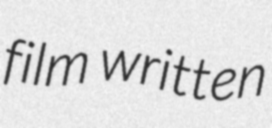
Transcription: film written